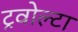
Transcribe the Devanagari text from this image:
ट्रवोल्टा